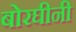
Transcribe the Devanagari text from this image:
बोरघीनी